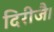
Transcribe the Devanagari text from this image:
दिरीजै।